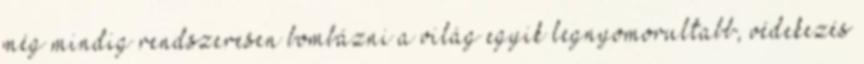
még mindig rendszeresen bombázni a világ egyik legnyomorultabb, védekezés